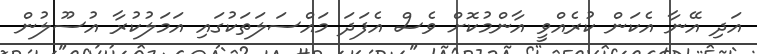
އަދި އޭނާ އެކަން ކުރެއްވީ އާންމުކޮށް ވެސް އެފަދަ މައްސަލަތަކުގައި އަމަލުކުރާ އުސޫލުން